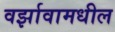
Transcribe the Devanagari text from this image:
वर्झावामधील